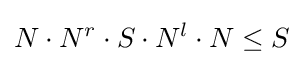
N\cdot N^{r}\cdot S\cdot N^{l}\cdot N\leq S